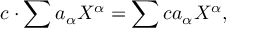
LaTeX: c \cdot \sum a _ { \alpha } X ^ { \alpha } = \sum c a _ { \alpha } X ^ { \alpha } ,